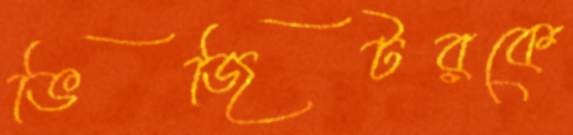
ভিজিটরকে